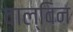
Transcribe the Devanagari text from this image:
वाल्विन